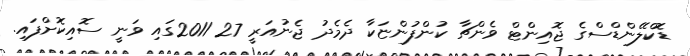
ޑޮކްލޭންޑްސްގެ ޖޮއިންޓް ވެންޗާ ކުންފުންޏަކާ ދެމެދު ޖެނުއަރީ 27 2011ގައި ވަނީ ސޮއިކޮށްފައި.